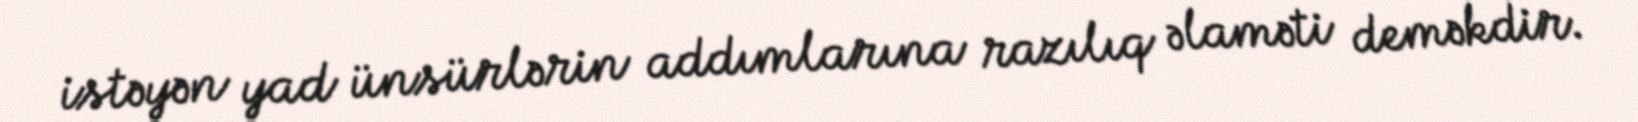
istəyən yad ünsürlərin addımlarına razılıq əlaməti deməkdir.